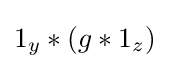
1_{y}*(g*1_{z})